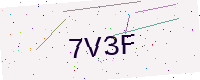
Text: 7V3F